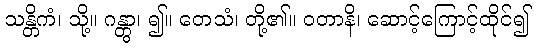
သန္တိကံ၊ သို့။ ဂန္တွာ၊ ၍။ တေသံ၊ တို့၏။ ဝတာနိ၊ ဆောင့်ကြောင့်ထိုင်၍